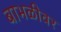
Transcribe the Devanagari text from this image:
बाभळीवर